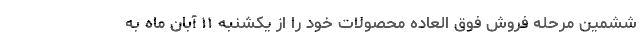
ششمین مرحله فروش فوق العاده محصولات خود را از یکشنبه ۱۱ آبان ماه به